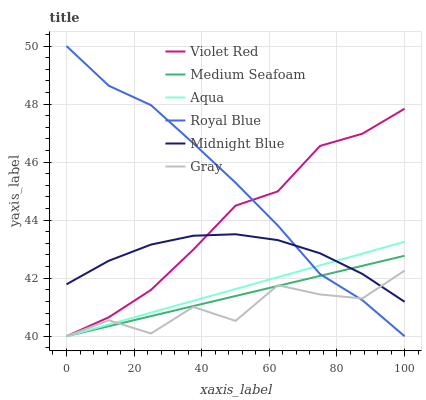
| xaxis_label | Violet Red | Medium Seafoam | Aqua | Royal Blue | Midnight Blue | Gray |
 | --- | --- | --- | --- | --- | --- | --- |
 | 0 | 40 | 40 | 40 | 50 | 41.8 | 40 |
 | 12.5 | 40.7 | 40.3 | 40.4 | 48.6 | 42.6 | 40.5 |
 | 25 | 41.6 | 40.7 | 40.8 | 48 | 43.2 | 40.1 |
 | 37.5 | 43 | 41 | 41.2 | 46.6 | 43.5 | 41 |
 | 50 | 44.5 | 41.4 | 41.6 | 45.3 | 43.5 | 40.5 |
 | 62.5 | 45 | 41.7 | 42 | 43.8 | 43.3 | 41.8 |
 | 75 | 46.6 | 42.1 | 42.4 | 42.1 | 42.9 | 41.4 |
 | 87.5 | 47 | 42.4 | 42.8 | 41.2 | 42.1 | 41.3 |
 | 100 | 47.8 | 42.8 | 43.3 | 40 | 41.2 | 42.3 |